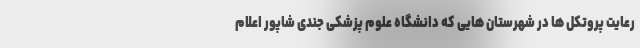
رعایت پروتکل ها در شهرستان هایی که دانشگاه علوم پزشکی جندی شاپور اعلام